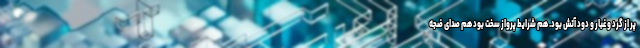
پر از گرد و غبار و دود آتش بود. هم شرایط پرواز سخت بود هم صدای ضجه